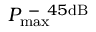
P _ { \mathrm { m a x } } ^ { \mathrm { ~ - ~ } 4 5 \mathrm { d B } }